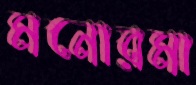
মনোরমা